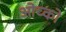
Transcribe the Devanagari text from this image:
ओच्को